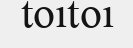
toitoi